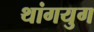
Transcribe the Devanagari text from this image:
थांगयुग